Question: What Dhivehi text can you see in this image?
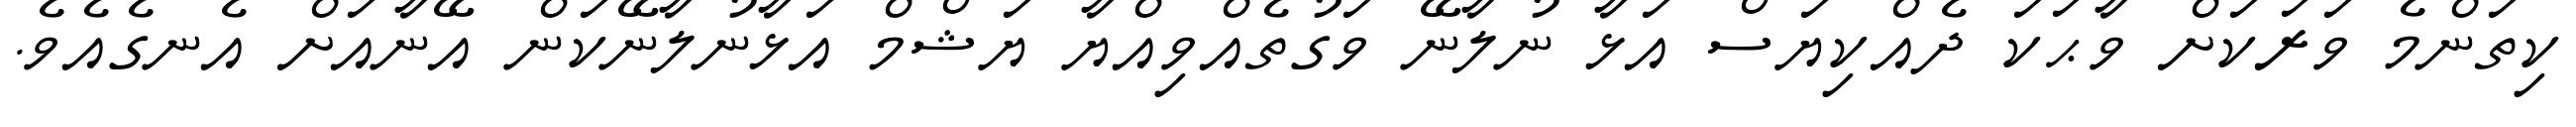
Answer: ކިތަންމެ ވަރަކަށް ވާޙަކަ ދެއްކިޔަސް އަޅާ ނުލާނޭ ވަގުތެއްވިއްޔާ ޔަޝްމް އަޅާނުލާނޭކަން އޭނާއަށް އެނގެއެވެ.